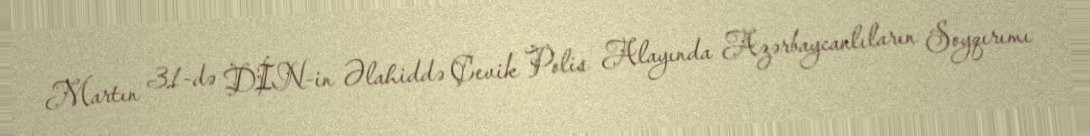
Martın 31-də DİN-in Əlahiddə Çevik Polis Alayında Azərbaycanlıların Soyqırımı